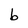
Character: b